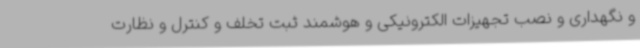
و نگهداری و نصب تجهیزات الکترونیکی و هوشمند ثبت تخلف و کنترل و نظارت